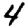
Digit: 4